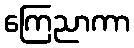
ကြေညာကာ